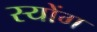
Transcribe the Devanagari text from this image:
स्योंग